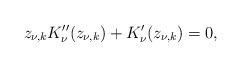
\begin{align*}z_{\nu,k}K_\nu''(z_{\nu,k})+K_\nu'(z_{\nu,k})=0,\end{align*}